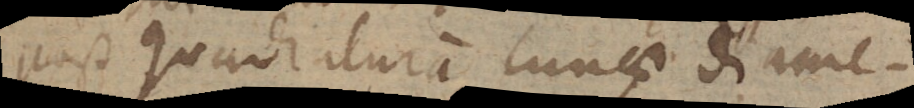
post quadraturam Lunae diame-